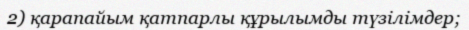
2) қарапайым қатпарлы құрылымды түзілімдер;